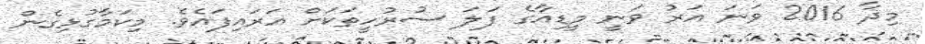
މިދާ 2016 ވަނަ އަރު ވަނީ މީޑިއާގެ ފަލަ ސުރުހީތަކަށް އަރައިފައެވެ. މިކަމާގުޅިގެން